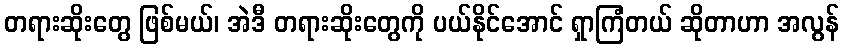
တရားဆိုးတွေ ဖြစ်မယ်၊ အဲဒီ တရားဆိုးတွေကို ပယ်နိုင်အောင် ရှာကြံတယ် ဆိုတာဟာ အလွန်